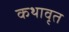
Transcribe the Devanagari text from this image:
कथावृत